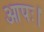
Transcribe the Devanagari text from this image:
आपः।